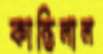
কান্তিলাল